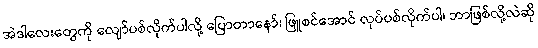
အဲဒါလေးတွေကို လျော်ပစ်လိုက်ပါလို့ ပြောတာနော်၊ ဖြူစင်အောင် လုပ်ပစ်လိုက်ပါ၊ ဘာဖြစ်လို့လဲဆို